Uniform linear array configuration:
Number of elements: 16
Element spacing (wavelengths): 0.25
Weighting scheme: blackman
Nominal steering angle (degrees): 60
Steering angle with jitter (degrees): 60.173
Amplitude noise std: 0.05
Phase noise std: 0.05

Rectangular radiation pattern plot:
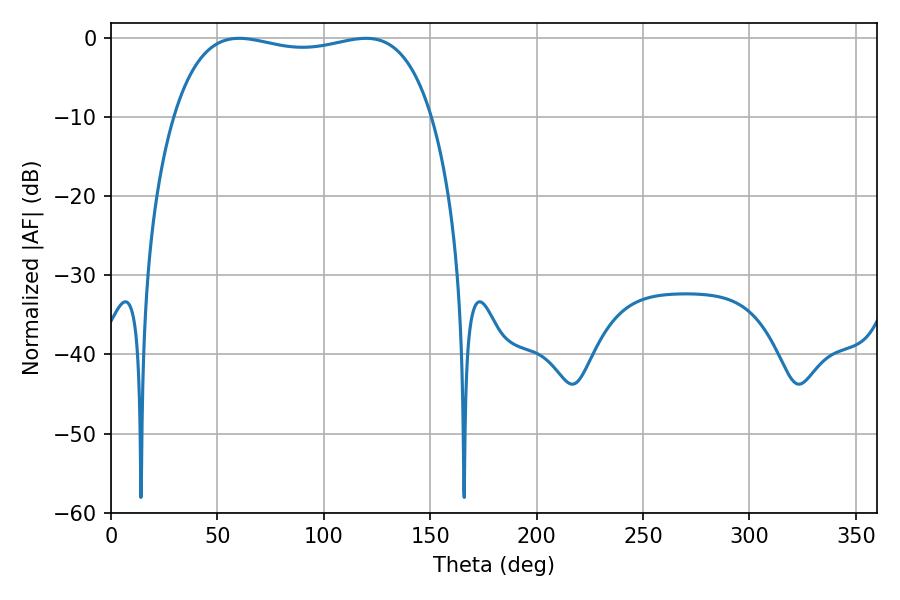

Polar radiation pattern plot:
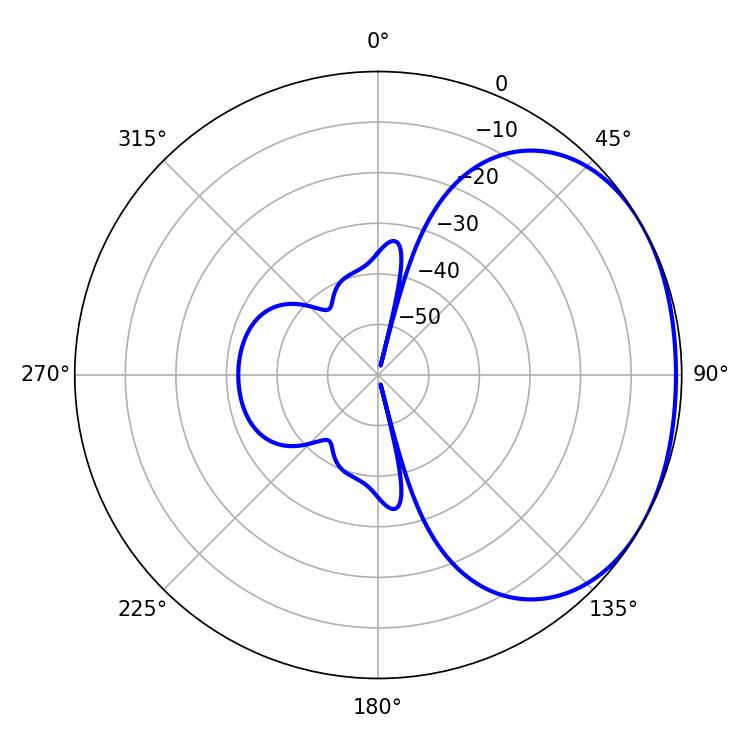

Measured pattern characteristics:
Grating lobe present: FALSE
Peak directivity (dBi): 1.632
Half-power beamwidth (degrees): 98.28
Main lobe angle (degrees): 60.12